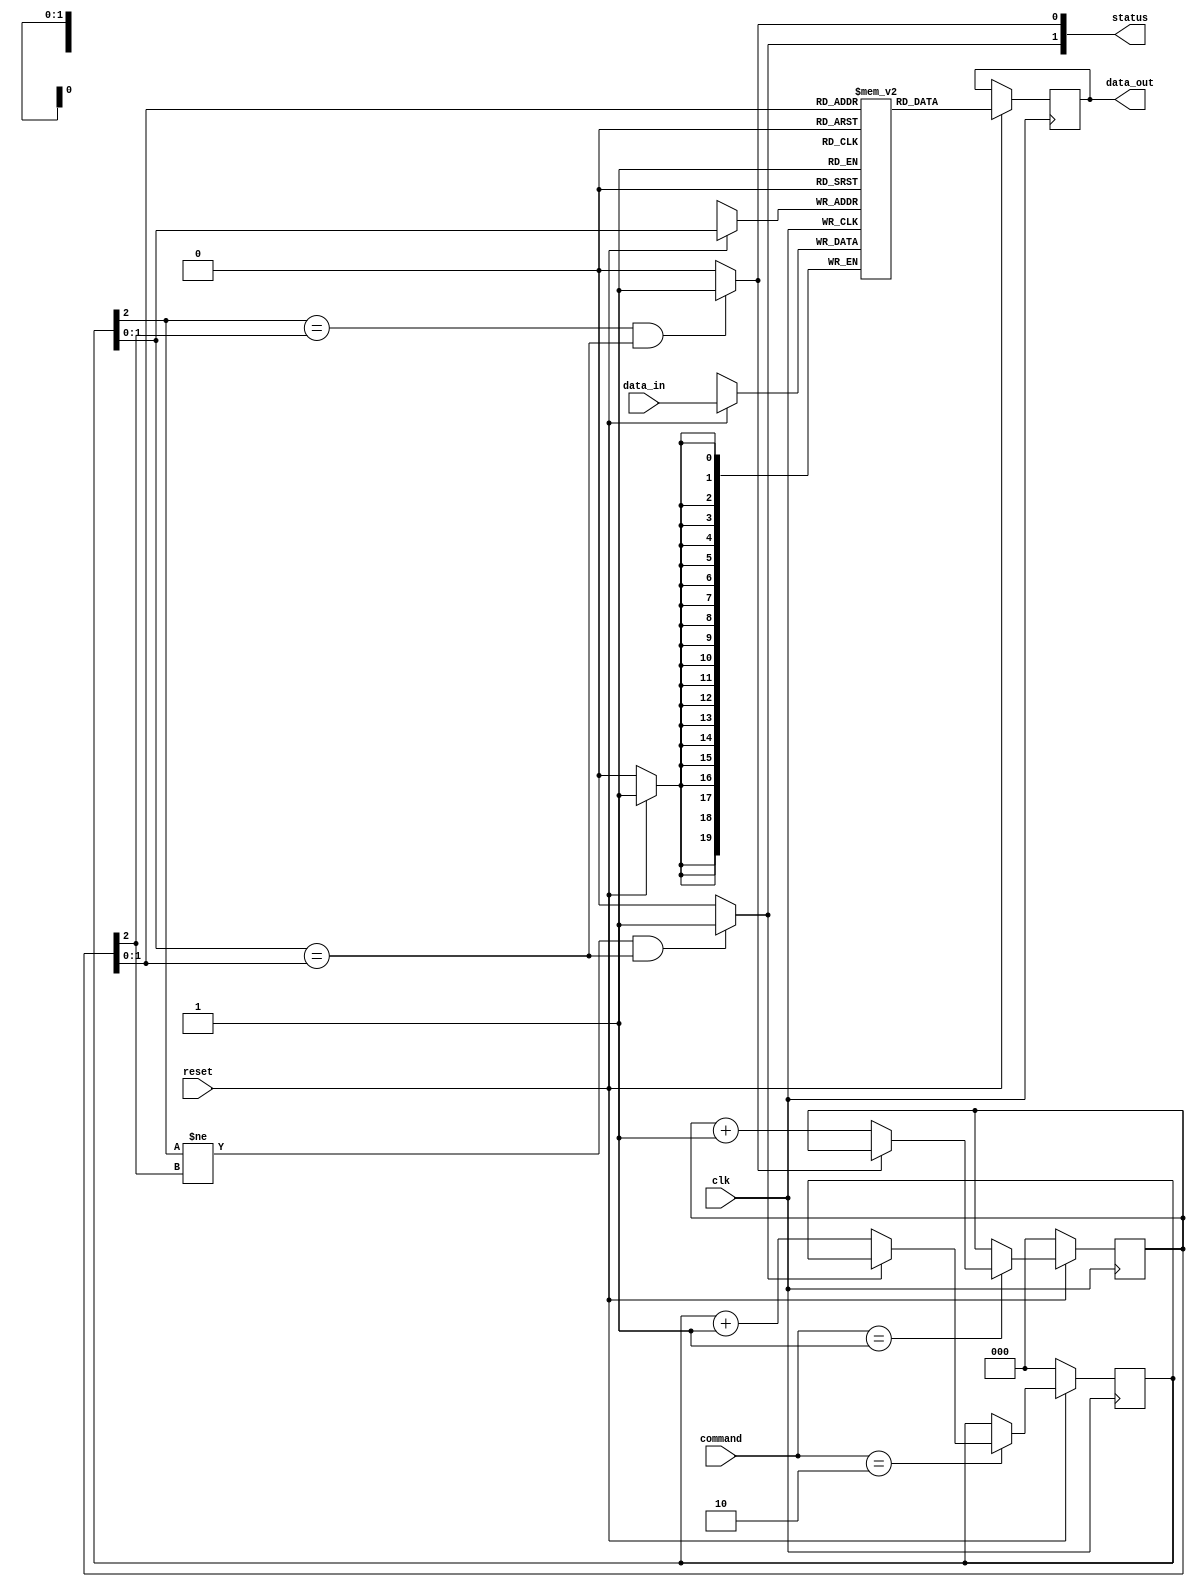
`timescale 1ns / 1ps
//////////////////////////////////////////////////////////////////////////////////
// Module Name: fifo_buffer
//////////////////////////////////////////////////////////////////////////////////


module fifo_buffer #(parameter data_width = 20,
                     parameter fifo_depth = 3)(
                    clk,
                    reset,
                    data_in,
                    data_out,
                    command,
                    status
                    );
                    
// port direction
input clk;
input reset;
input [1:0] command;            /// controller sends a read/ write command -- default is to write
input [data_width -1 : 0] data_in;
output reg [data_width -1 : 0] data_out;
output reg [1:0] status;


/// Internal signals 

reg [fifo_depth/3 + 1 : 0] write_ptr, write_ptr_next;
reg [fifo_depth/3 + 1: 0] read_ptr, read_ptr_next;
// fifo register array
reg [data_width-1:0] register_array [fifo_depth-1:0];       // [depth  2:0] ::[ Wdith 19:0]

// status flags
reg full, empty;

// default is to always write when fifo is not full

// register updates
    always@(posedge clk)
        begin
        if(!reset) begin
            read_ptr <= {fifo_depth{1'b0}};
            write_ptr <= {fifo_depth{1'b0}}; 
        end
        else
            begin
            write_ptr <= write_ptr_next;
            read_ptr <= read_ptr_next;
            register_array[write_ptr] <= data_in;       // sample     
            data_out <= register_array[read_ptr];
        end
        end


    // changing write_ptr and read_ptr value
    
    always@(*)
        begin
                // default values
         write_ptr_next = write_ptr;
         read_ptr_next = read_ptr;

         status = {full, empty};    

    case(command)       

        2'b10: 
            begin
                if(full != 1'b1)begin
                write_ptr_next = write_ptr + 1;                
                end
            end
        2'b01:
            begin
                if(empty != 1'b1) begin
                read_ptr_next = read_ptr + 1;
                end
            end
        default:             
            begin
             write_ptr_next = write_ptr;
             read_ptr_next = read_ptr;              
            end
        endcase
        
        end

        
///  status logic
// full logic -- check if MSB of counters are not equal and remaining two bits are equal
    always@(*)
        begin
        full = 1'b0;
        empty = 1'b0;
        
        if ((write_ptr[fifo_depth/3 + 1] != read_ptr[fifo_depth/3 + 1]) && (write_ptr[fifo_depth/3 :0] == read_ptr[fifo_depth/3 :0]))
           begin
            full = 1'b1;
            end


        if ((write_ptr[fifo_depth/3 + 1] == read_ptr[fifo_depth/3 + 1]) && (write_ptr[fifo_depth/3 :0] == read_ptr[fifo_depth/3 :0]))
           begin
            empty = 1'b1;
            end

            end            
             
          
              
endmodule